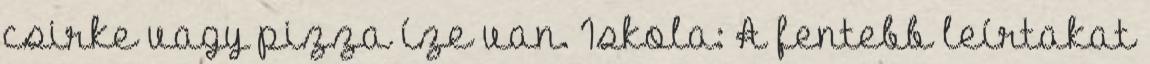
csirke vagy pizza íze van. Iskola: A fentebb leírtakat